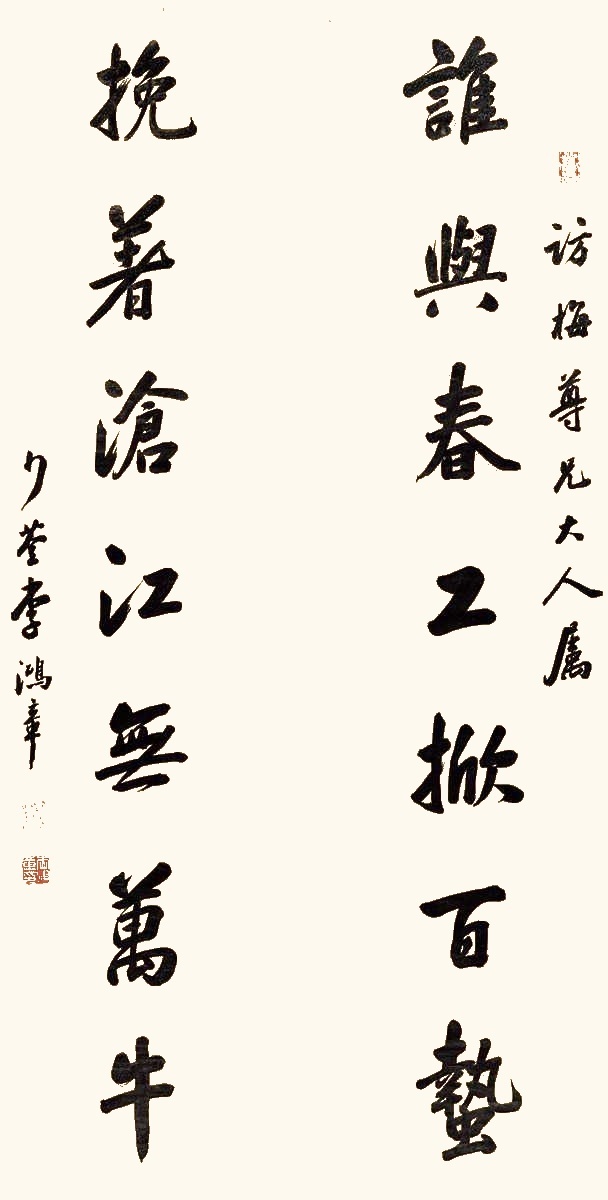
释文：谁与春工掀百蛰，挽著沧江无万牛。访梅尊兄大人属，少荃李鸿章。